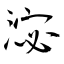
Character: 淧